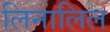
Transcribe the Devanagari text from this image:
लिनालिल